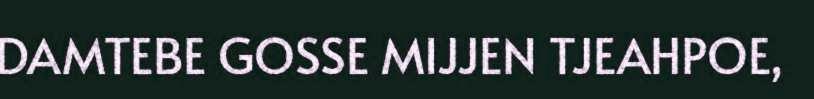
DAMTEBE GOSSE MIJJEN TJEAHPOE,